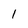
Character: 1